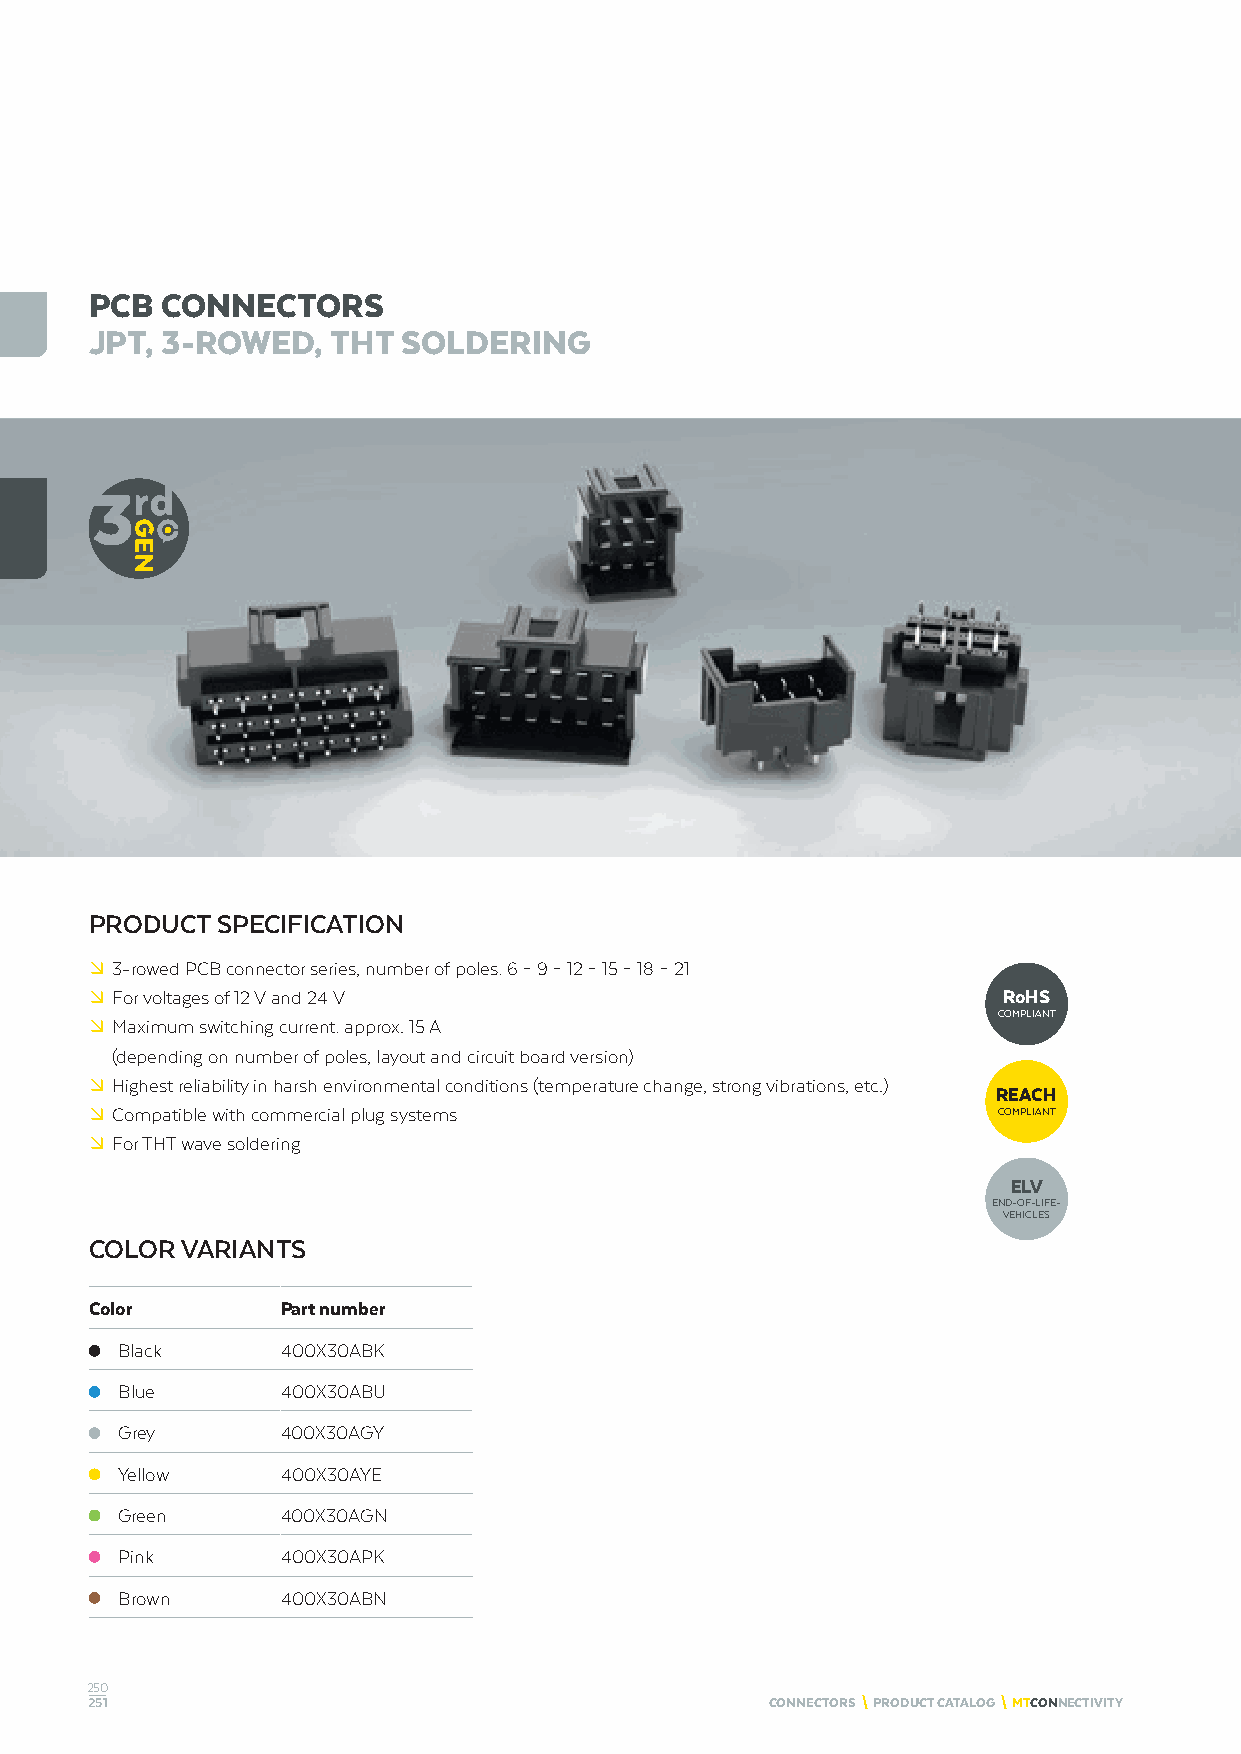
PCB  CONNECTORS
 JPT, 3-ROWED,   THT  SOLDERING
 PRODUCT SPECIFICATION
 º 3-rowed PCB connector series, number of poles: 6 – 9 – 12 – 15 – 18 – 21
 º For voltages of 12 V and 24 V                             RoHS
 COMPLIANT
 º Maximum switching current: approx. 15 A
 (depending on number of poles, layout and circuit board version)
 º Highest reliability in harsh environmental conditions (temperature change, strong vibrations, etc.)
 REACH
 º Compatible with commercial plug systems                   COMPLIANT
 º For THT wave soldering
 ELV
 END-OF-LIFE-
 VEHICLES
 COLOR VARIANTS
 Color        Part number
 Black      400X30ABK
 Blue       400X30ABU
 Grey       400X30AGY
 Yellow     400X30AYE
 Green      400X30AGN
 Pink       400X30APK
 Brown      400X30ABN
 250
 251                                          CONNECTORS \ PRODUCT CATALOG \ MTCONNECTIVITY